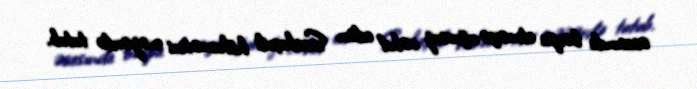
əsasında bərpa etməyə uğursuz cəhd edən Saakaşvili hökumətini nəzərdə tutub.